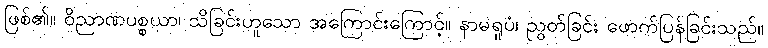
ဖြစ်၏။ ဝိညာဏပစ္စယာ၊ သိခြင်းဟူသော အကြောင်းကြောင့်။ နာမရူပံ၊ ညွတ်ခြင်း ဖောက်ပြန်ခြင်းသည်။